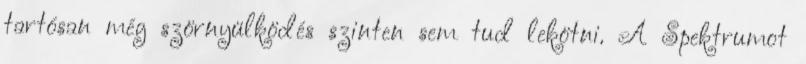
tartósan még szörnyülködés szinten sem tud lekötni. A Spektrumot